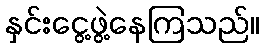
နှင်းငွေ့ဖွဲ့နေကြသည်။